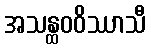
အသန္ထဝဝိဿာသီ